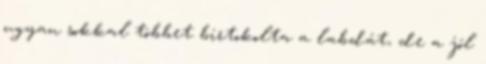
ugyan sokkal többet birtokolta a labdát, de a jól